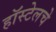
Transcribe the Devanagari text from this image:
हॉस्टेलचे